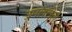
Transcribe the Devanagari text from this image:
उमललेले